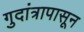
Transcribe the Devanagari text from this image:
गुदांत्रापासून